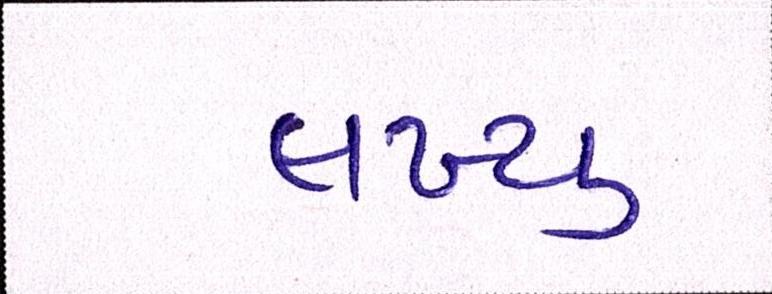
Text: લખ્યુ